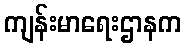
ကျန်းမာရေးဌာနက